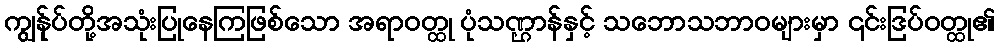
ကျွန်ုပ်တို့အသုံးပြုနေကြဖြစ်သော အရာဝတ္ထု ပုံသဏ္ဌာန်နှင့် သဘောသဘာဝများမှာ ၎င်းဒြပ်ဝတ္ထု၏